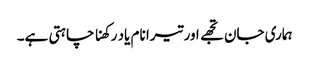
ہماری جان تجھے اور تیرا نام یاد رکھنا چاہتی ہے۔